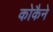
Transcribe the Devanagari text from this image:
कोकैने